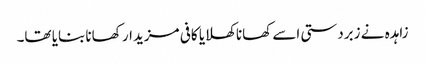
زاہدہ نے زبردستی اسے کھانا کھلایا کافی مزیدار کھانا بنایا تھا۔